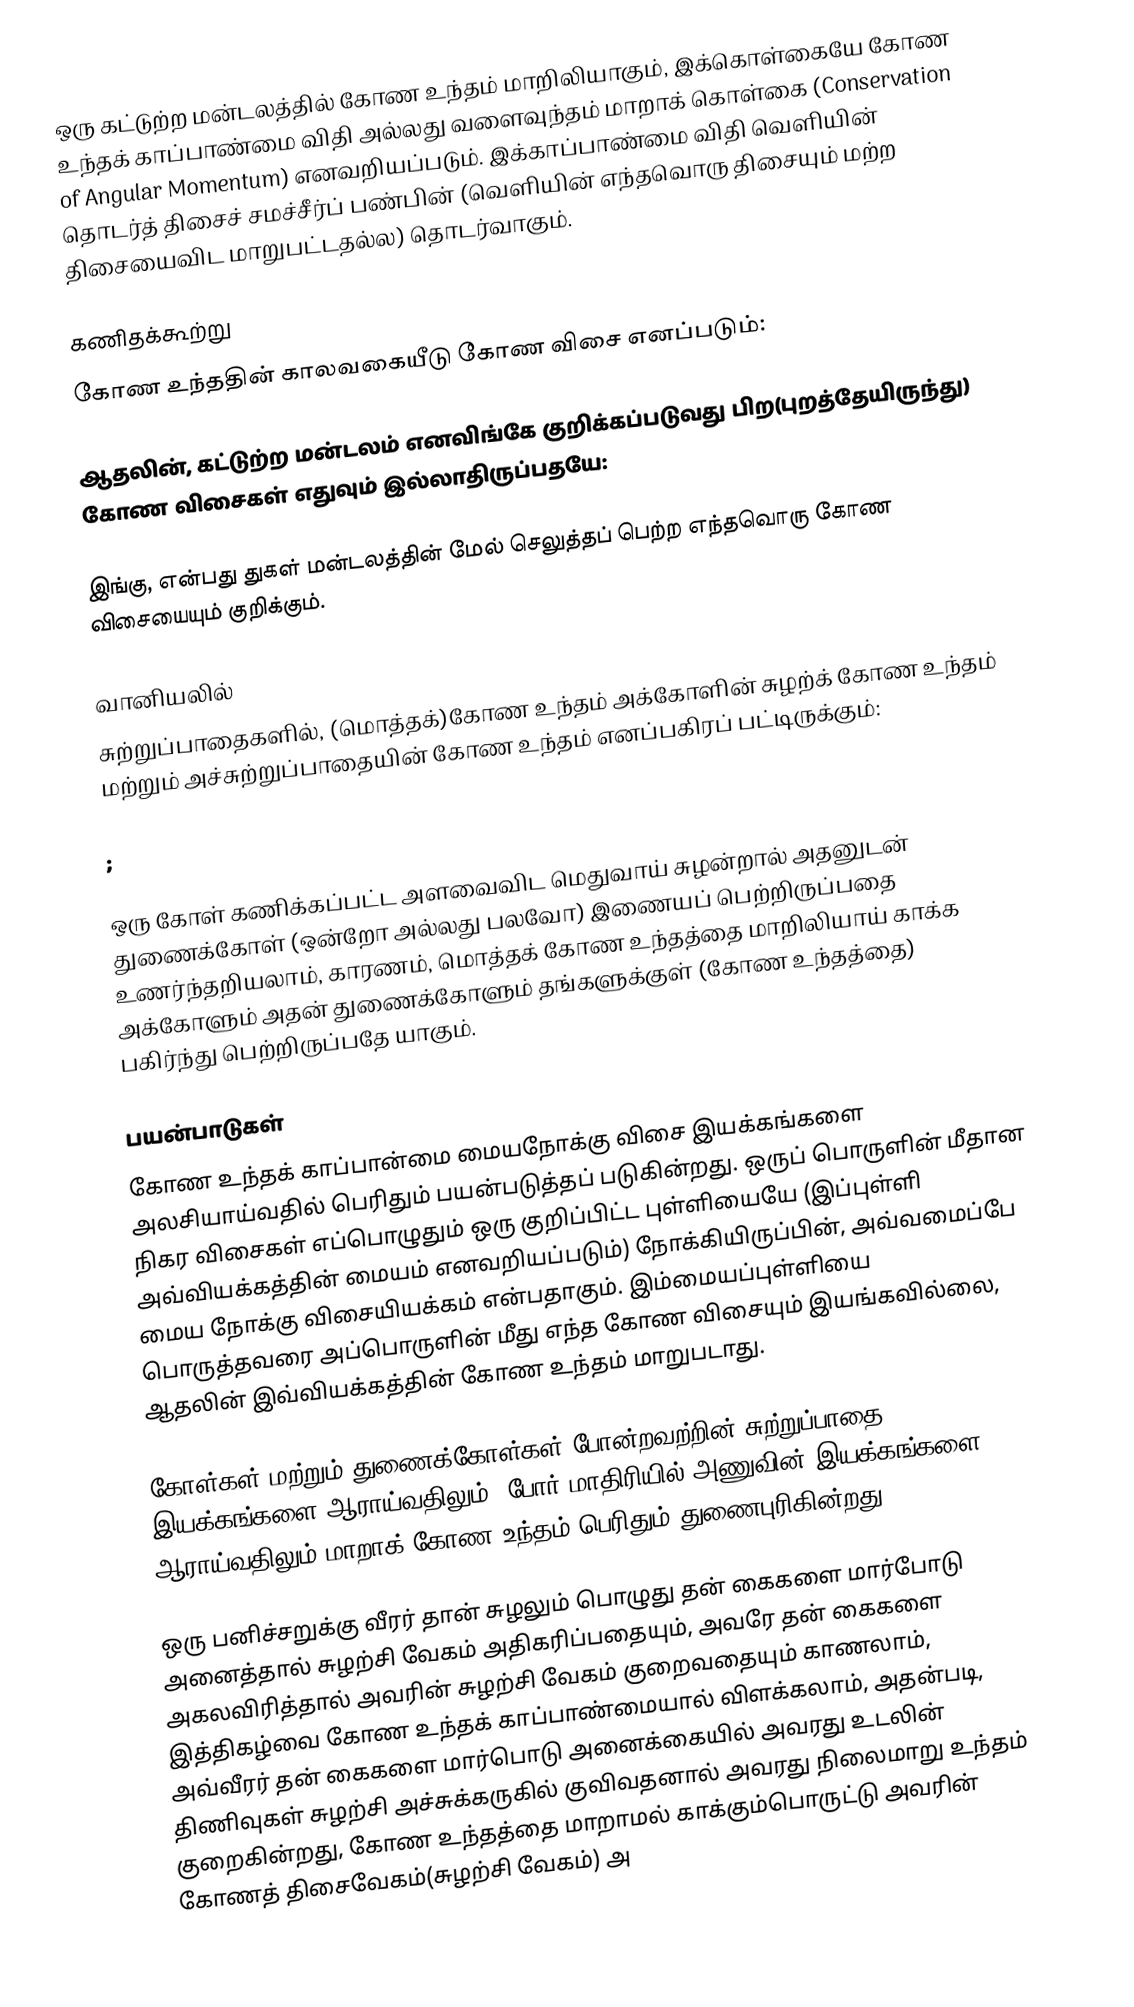
ஒரு கட்டுற்ற மன்டலத்தில் கோண உந்தம் மாறிலியாகும், இக்கொள்கையே கோண உந்தக் காப்பாண்மை விதி அல்லது வளைவுந்தம் மாறாக் கொள்கை (Conservation of Angular Momentum) எனவறியப்படும். இக்காப்பாண்மை விதி வெளியின் தொடர்த் திசைச் சமச்சீர்ப் பண்பின் (வெளியின் எந்தவொரு திசையும் மற்ற திசையைவிட மாறுபட்டதல்ல) தொடர்வாகும்.

கணிதக்கூற்று
கோண உந்ததின் காலவகையீடு கோண விசை எனப்படும்:

ஆதலின், கட்டுற்ற மன்டலம் எனவிங்கே குறிக்கப்படுவது பிற(புறத்தேயிருந்து) கோண விசைகள் எதுவும் இல்லாதிருப்பதயே:

இங்கு,  என்பது துகள் மன்டலத்தின் மேல் செலுத்தப் பெற்ற எந்தவொரு கோண விசையையும் குறிக்கும்.

வானியலில்
சுற்றுப்பாதைகளில், (மொத்தக்)கோண உந்தம் அக்கோளின் சுழற்க் கோண உந்தம் மற்றும் அச்சுற்றுப்பாதையின் கோண உந்தம் எனப்பகிரப் பட்டிருக்கும்:

;

ஒரு கோள் கணிக்கப்பட்ட அளவைவிட மெதுவாய் சுழன்றால் அதனுடன் துணைக்கோள் (ஒன்றோ அல்லது பலவோ) இணையப் பெற்றிருப்பதை உணர்ந்தறியலாம், காரணம், மொத்தக் கோண உந்தத்தை மாறிலியாய் காக்க அக்கோளும் அதன் துணைக்கோளும் தங்களுக்குள் (கோண உந்தத்தை) பகிர்ந்து பெற்றிருப்பதே யாகும்.

பயன்பாடுகள்
கோண உந்தக் காப்பான்மை மையநோக்கு விசை இயக்கங்களை அலசியாய்வதில் பெரிதும் பயன்படுத்தப் படுகின்றது. ஒருப் பொருளின் மீதான நிகர விசைகள் எப்பொழுதும் ஒரு குறிப்பிட்ட புள்ளியையே (இப்புள்ளி அவ்வியக்கத்தின் மையம் எனவறியப்படும்) நோக்கியிருப்பின், அவ்வமைப்பே மைய நோக்கு விசையியக்கம் என்பதாகும். இம்மையப்புள்ளியை பொருத்தவரை அப்பொருளின் மீது எந்த கோண விசையும் இயங்கவில்லை, ஆதலின் இவ்வியக்கத்தின் கோண உந்தம் மாறுபடாது.

கோள்கள் மற்றும் துணைக்கோள்கள் போன்றவற்றின் சுற்றுப்பாதை இயக்கங்களை ஆராய்வதிலும், போர் மாதிரியில் அணுவின் இயக்கங்களை ஆராய்வதிலும் மாறாக் கோண உந்தம் பெரிதும் துணைபுரிகின்றது.

ஒரு பனிச்சறுக்கு வீரர் தான் சுழலும் பொழுது தன் கைகளை மார்போடு அனைத்தால் சுழற்சி வேகம் அதிகரிப்பதையும், அவரே தன் கைகளை அகலவிரித்தால் அவரின் சுழற்சி வேகம் குறைவதையும் காணலாம், இத்திகழ்வை கோண உந்தக் காப்பாண்மையால் விளக்கலாம், அதன்படி, அவ்வீரர் தன் கைகளை மார்பொடு அனைக்கையில் அவரது உடலின் திணிவுகள் சுழற்சி அச்சுக்கருகில் குவிவதனால் அவரது நிலைமாறு உந்தம் குறைகின்றது, கோண உந்தத்தை மாறாமல் காக்கும்பொருட்டு அவரின் கோணத் திசைவேகம்(சுழற்சி வேகம்) அ